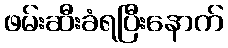
ဖမ်းဆီးခံရပြီးနောက်